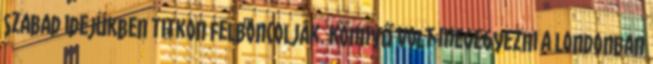
szabad idejükben titkon felboncolják. Könnyű volt megegyezni a Londonban